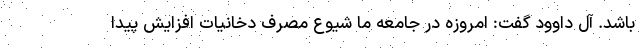
باشد. آل داوود گفت: امروزه در جامعه ما شیوع مصرف دخانیات افزایش پیدا